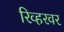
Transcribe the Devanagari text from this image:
रिव्हरवर